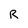
Character: R